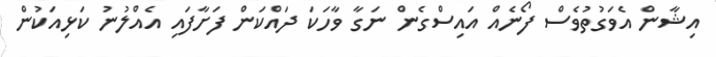
އިޝާން އެވަގުތުވެސް ފޯނެއް އައިސްގެން ނަގާ ވާހަކަ ދައްކަން ފަށާފައި އެއްލުނު ކަޅިއަކުން